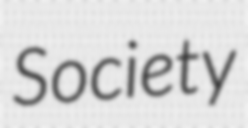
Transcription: Society